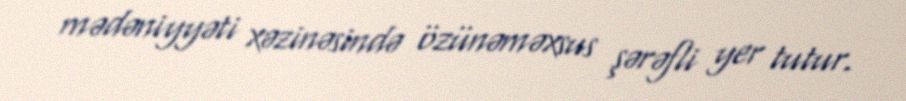
mədəniyyəti xəzinəsində özünəməxsus şərəfli yer tutur.